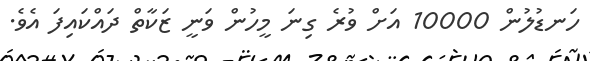
ހަނޑުލުން 10000 އަށް ވުރެ ގިނަ މީހުން ވަނީ ޒަކާތް ދައްކައިފަ އެވެ.